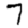
Digit: 7